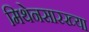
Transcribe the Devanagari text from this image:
मिथेनसारख्या